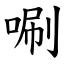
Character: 唰